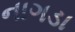
નાગડા